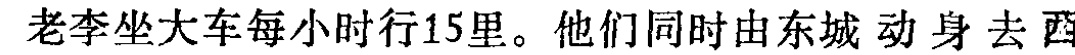
老李坐大车每小时行15里。他们同时由东城 动身 去西